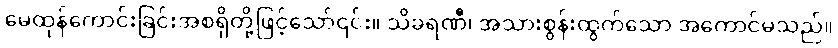
မေထုန်ကောင်းခြင်းအစရှိတို့ဖြင့်သော်၎င်း။ သိခရဏီ၊ အသားစွန်းထွက်သော အကောင်မသည်။